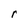
Character: r